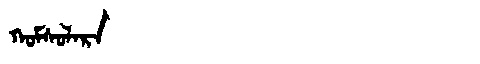
Manchu: ᡴᠣᠮᠰᠣᠯᠠᡵᠠ
Romanization: KOMSOLARA